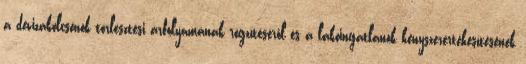
a devizakölcsönök törlesztési árfolyamának rögzítéséről és a lakóingatlanok kényszerértékesítésének